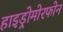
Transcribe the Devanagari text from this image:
हाइड्रोमोरफोन